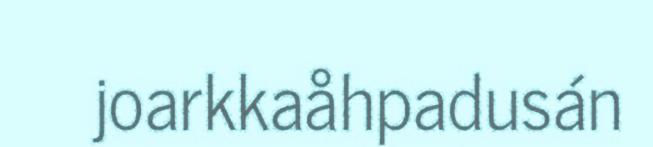
joarkkaåhpadusán